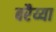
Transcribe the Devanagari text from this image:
बरैय्या